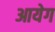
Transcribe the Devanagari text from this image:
आयेग